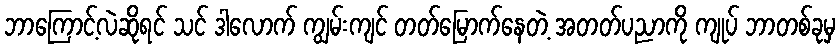
ဘာကြောင့်လဲဆိုရင် သင် ဒါလောက် ကျွမ်းကျင် တတ်မြောက်နေတဲ့ အတတ်ပညာကို ကျုပ် ဘာတစ်ခုမှ